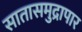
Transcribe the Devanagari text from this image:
सातासमुद्रापार